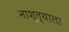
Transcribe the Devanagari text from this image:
नाश्त्याला